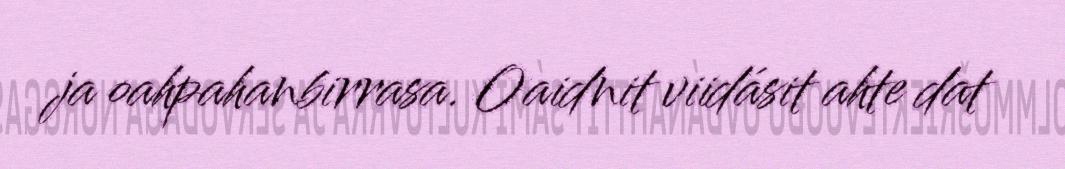
ja oahpahanbirrasa. Oaidnit viidásit ahte dat